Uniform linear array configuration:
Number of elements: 12
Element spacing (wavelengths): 0.75
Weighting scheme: binomial
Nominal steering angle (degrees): -60
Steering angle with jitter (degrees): -59.047
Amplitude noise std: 0.05
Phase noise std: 0.05

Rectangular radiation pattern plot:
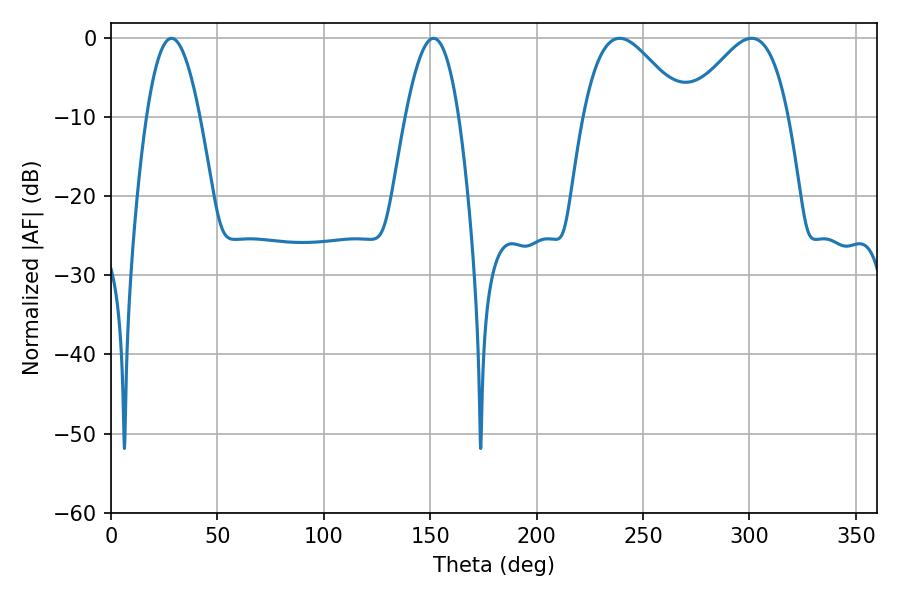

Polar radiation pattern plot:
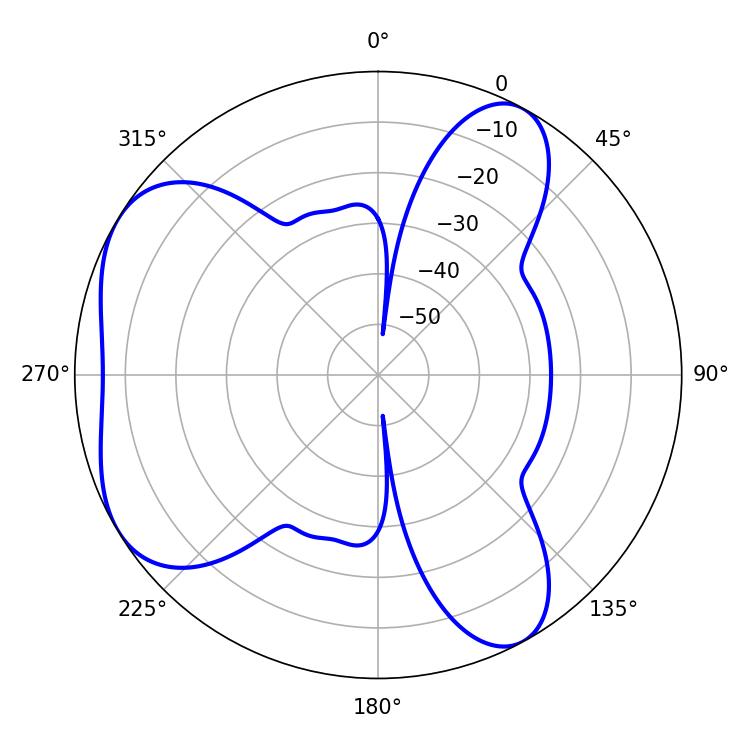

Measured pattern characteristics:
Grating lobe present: TRUE
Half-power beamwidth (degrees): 13.68
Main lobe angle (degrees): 28.44